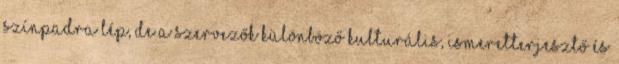
színpadra lép, de a szervezők különböző kulturális, ismeretterjesztő és